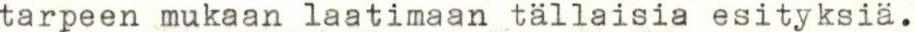
tarpeen mukaan laatimaan tällaisia esityksiä.